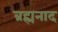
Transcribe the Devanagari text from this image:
ब्रह्मनाद